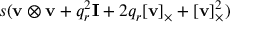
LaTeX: s ( \mathbf { v } \otimes \mathbf { v } + q _ { r } ^ { 2 } \mathbf { I } + 2 q _ { r } [ \mathbf { v } ] _ { \times } + [ \mathbf { v } ] _ { \times } ^ { 2 } )